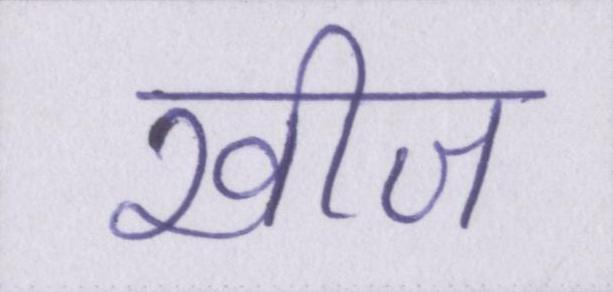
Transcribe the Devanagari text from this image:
खीज